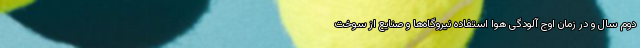
دوم سال و در زمان اوج آلودگی هوا استفاده نیروگاه‌ها و صنایع از سوخت